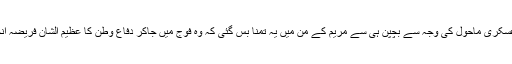
گھریلو عسکری ماحول کی وجہ سے بچپن ہی سے مریم کے من میں یہ تمنا بس گئی کہ وہ فوج میں جاکر دفاع وطن کا عظیم الشان فریضہ انجام دیں ۔